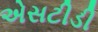
એસટીડી